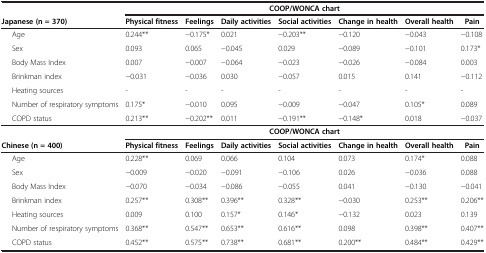
<table><thead><tr><td><b> </b></td><td colspan="7"><b>COOP/WONCA chart</b></td></tr><tr><td><b>Japanese (n = 370)</b></td><td><b>Physical fitness</b></td><td><b>Feelings</b></td><td><b>Daily activities</b></td><td><b>Social activities</b></td><td><b>Change in health</b></td><td><b>Overall health</b></td><td><b>Pain</b></td></tr></thead><tbody><tr><td>Age</td><td>0.244**</td><td>−0.175*</td><td>0.021</td><td>−0.203**</td><td>−0.120</td><td>−0.043</td><td>−0.108</td></tr><tr><td>Sex</td><td>0.093</td><td>0.065</td><td>−0.045</td><td>0.029</td><td>−0.089</td><td>−0.101</td><td>0.173*</td></tr><tr><td>Body Mass Index</td><td>0.007</td><td>−0.007</td><td>−0.064</td><td>−0.023</td><td>−0.026</td><td>−0.084</td><td>0.003</td></tr><tr><td>Brinkman index</td><td>−0.031</td><td>−0.036</td><td>0.030</td><td>−0.057</td><td>0.015</td><td>0.141</td><td>−0.112</td></tr><tr><td>Heating sources</td><td>-</td><td>-</td><td>-</td><td>-</td><td>-</td><td>-</td><td>-</td></tr><tr><td>Number of respiratory symptoms</td><td>0.175*</td><td>−0.010</td><td>0.095</td><td>−0.009</td><td>−0.047</td><td>0.105*</td><td>0.089</td></tr><tr><td>COPD status</td><td>0.213**</td><td>−0.202**</td><td>0.011</td><td>−0.191**</td><td>−0.148*</td><td>0.018</td><td>−0.037</td></tr><tr><td> </td><td colspan="7"><b>COOP/WONCA chart</b></td></tr><tr><td><b>Chinese (n = 400)</b></td><td><b>Physical fitness</b></td><td><b>Feelings</b></td><td><b>Daily activities</b></td><td><b>Social activities</b></td><td><b>Change in health</b></td><td><b>Overall health</b></td><td><b>Pain</b></td></tr><tr><td>Age</td><td>0.228**</td><td>0.069</td><td>0.066</td><td>0.104</td><td>0.073</td><td>0.174*</td><td>0.088</td></tr><tr><td>Sex</td><td>−0.009</td><td>−0.020</td><td>−0.091</td><td>−0.106</td><td>0.026</td><td>−0.036</td><td>0.088</td></tr><tr><td>Body Mass Index</td><td>−0.070</td><td>−0.034</td><td>−0.086</td><td>−0.055</td><td>0.041</td><td>−0.130</td><td>−0.041</td></tr><tr><td>Brinkman index</td><td>0.257**</td><td>0.308**</td><td>0.396**</td><td>0.328**</td><td>−0.030</td><td>0.253**</td><td>0.206**</td></tr><tr><td>Heating sources</td><td>0.009</td><td>0.100</td><td>0.157*</td><td>0.146*</td><td>−0.132</td><td>0.023</td><td>0.139</td></tr><tr><td>Number of respiratory symptoms</td><td>0.368**</td><td>0.547**</td><td>0.653**</td><td>0.616**</td><td>0.098</td><td>0.398**</td><td>0.407**</td></tr><tr><td>COPD status</td><td>0.452**</td><td>0.575**</td><td>0.738**</td><td>0.681**</td><td>0.200**</td><td>0.484**</td><td>0.429**</td></tr></tbody></table>